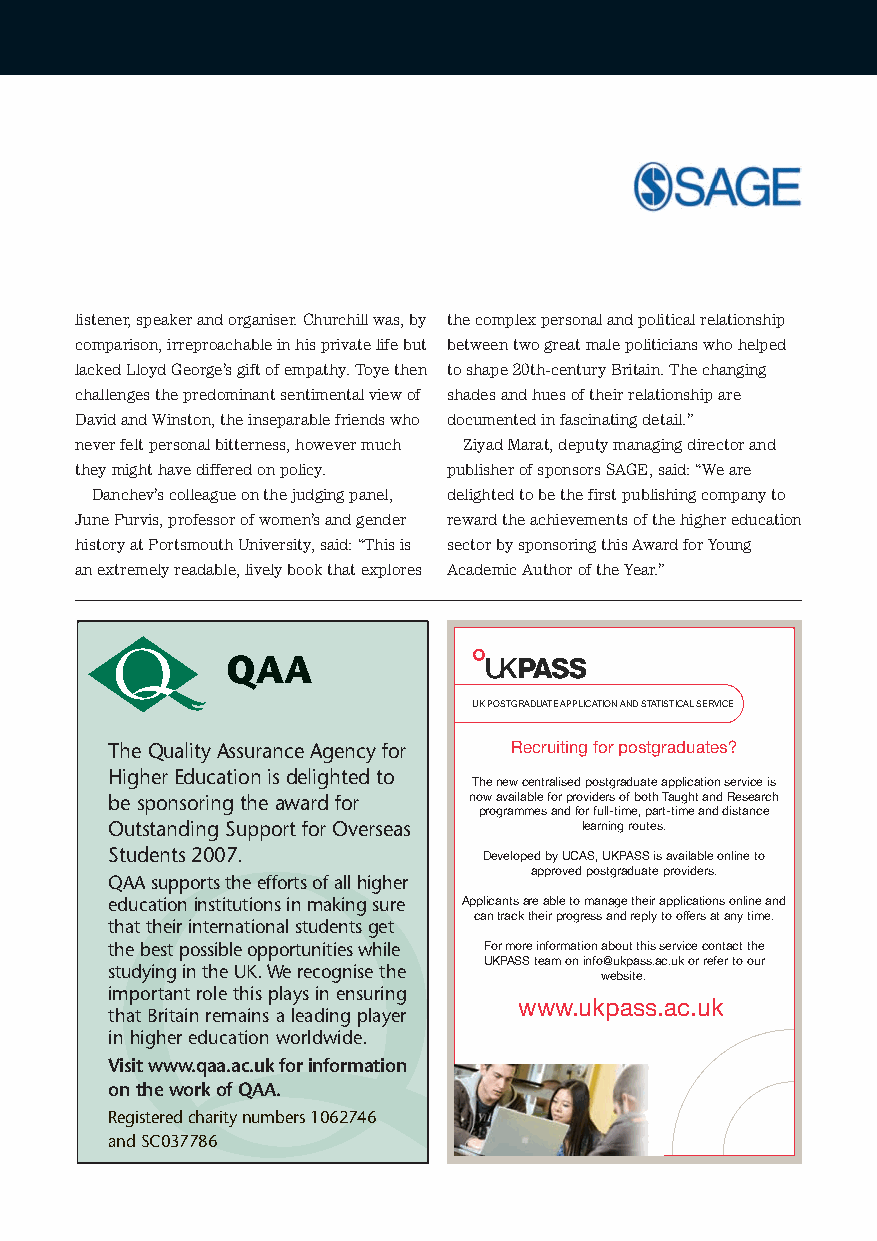
listener,speakerandorganiser.Churchillwas,by thecomplexpersonalandpoliticalrelationship
 comparison,irreproachableinhisprivatelifebut betweentwogreatmalepoliticianswhohelped
 lackedLloydGeorge’sgiftofempathy.Toyethen toshape20th-centuryBritain.Thechanging
 challengesthepredominantsentimentalviewof shadesandhuesoftheirrelationshipare
 DavidandWinston,theinseparablefriendswho documentedinfascinatingdetail.”
 neverfeltpersonalbitterness,howevermuch ZiyadMarat,deputymanagingdirectorand
 theymighthavedifferedonpolicy. publisherofsponsorsSAGE,said:“Weare
 Danchev’scolleagueonthejudgingpanel, delightedtobethefirstpublishingcompanyto
 JunePurvis,professorofwomen’sandgender rewardtheachievementsofthehighereducation
 historyatPortsmouthUniversity,said:“Thisis sectorbysponsoringthisAwardforYoung
 anextremelyreadable,livelybookthatexplores AcademicAuthoroftheYear.”
 UKPOSTGRADUATE APPLICATION AND STATISTICAL SERVICE
 TheQualityAssuranceAgencyfor Recruitingforpostgraduates?
 HigherEducationisdelightedto
 Thenewcentralised postgraduate application service is
 besponsoringtheawardfor nowavailableforproviders of both Taught and Research
 programmes and for full-time, part-time and distance
 OutstandingSupportforOverseas   learning routes.
 Students2007.            DevelopedbyUCAS, UKPASS is available online to
 approved postgraduate providers.
 QAAsupportstheeffortsofallhigher
 educationinstitutionsinmakingsure Applicantsare able to manage their applications online and
 cantracktheirprogress and reply to offers at any time.
 thattheirinternationalstudentsget
 thebestpossibleopportunitieswhile Formore information about this service contact the
 UKPASS team on info@ukpass.ac.uk or refer to our
 studyingintheUK.We recognisethe
 website.
 importantrolethisplaysinensuring
 www.ukpass.ac.uk
 thatBritainremainsaleadingplayer
 inhighereducationworldwide.
 Visit www.qaa.ac.uk for information
 ontheworkofQAA.
 Registeredcharitynumbers1062746
 andSC037786